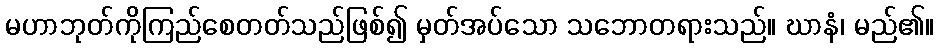
မဟာဘုတ်ကိုကြည်စေတတ်သည်ဖြစ်၍ မှတ်အပ်သော သဘောတရားသည်။ ဃာနံ၊ မည်၏။